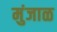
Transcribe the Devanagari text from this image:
मुंजाळ